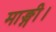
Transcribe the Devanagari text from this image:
माङ्गी।